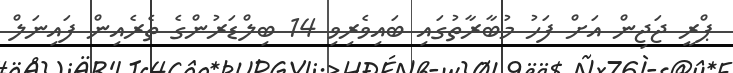
ޕްރީ ޖަޖިން އަށް ފަހު މުބާރާތުގައި ބައިވެރިވި 14 ބިލްޑަރުންގެ ތެރެއިން ފައިނަލް